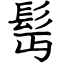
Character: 髩